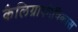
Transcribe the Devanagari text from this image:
कैलिग्राफीविकास